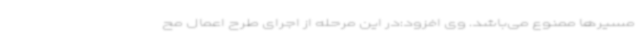
مسیرها ممنوع می‌باشد. وی افزود:در این مرحله از اجرای طرح اعمال مح